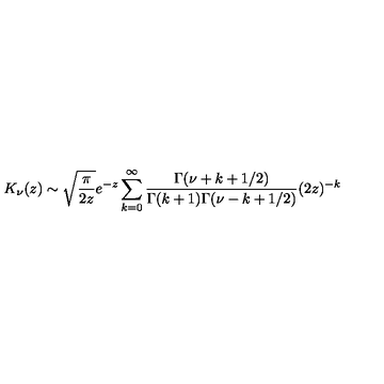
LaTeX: K _ { \nu } ( z ) \sim \sqrt { \frac { \pi } { 2 z } } e ^ { - z } \sum _ { k = 0 } ^ { \infty } \frac { \Gamma ( \nu + k + 1 / 2 ) } { \Gamma ( k + 1 ) \Gamma ( \nu - k + 1 / 2 ) } ( 2 z ) ^ { - k } \nonumber